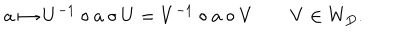
a \mapsto U ^ { - 1 } \circ a \circ U = V ^ { - 1 } \circ a \circ V \qquad V \in W _ { D } .